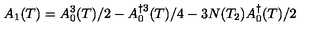
A _ { 1 } ( T ) = A _ { 0 } ^ { 3 } ( T ) / 2 - A _ { 0 } ^ { \dag 3 } ( T ) / 4 - 3 N ( T _ { 2 } ) A _ { 0 } ^ { \dag } ( T ) / 2